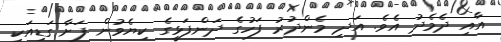
އާއި ދެމެދު އެވެ. އަދި މެންދުރު ފަހުގެ ދަންފަޅީގެ ކިޔެވުން ފަށާ ގަޑިއަކީ